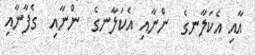
އާއި އެކަލާނގެ  ންނާއި އެކަލާނގެ  ންނާއި  ގެފާނާއި